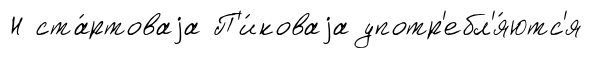
Н ста́ртоваjа П'и́коваjа употр'ебл'я́ютс'я